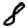
Digit: 8